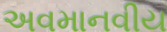
અવમાનવીય